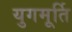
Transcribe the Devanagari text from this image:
युगमूर्ति